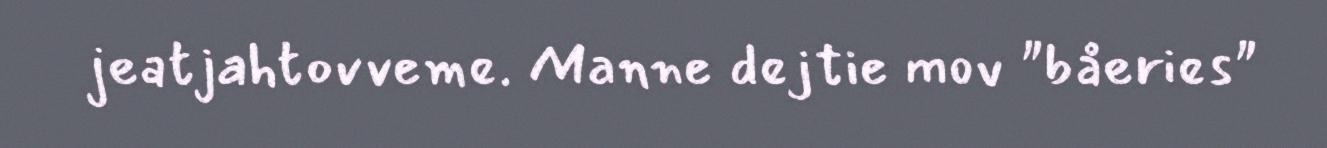
jeatjahtovveme. Manne dejtie mov "båeries"